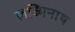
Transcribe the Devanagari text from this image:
लक्ष्मिनाथ